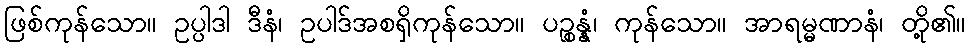
ဖြစ်ကုန်သော။ ဥပ္ပါဒါ ဒီနံ၊ ဥပါဒ်အစရှိကုန်သော။ ပဉ္စန္နံ၊ ကုန်သော။ အာရမ္မဏာနံ၊ တို့၏။